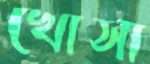
খোসা